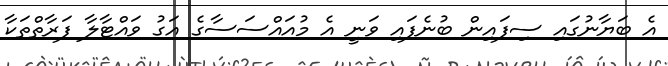
އެ ބަޔާނުގައި ސިފައިން ބުނެފައި ވަނީ އެ މުއައްސަސާގެ އަގު ވައްޓާލާ ފަރާތްތަކާ